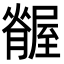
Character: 𦢢